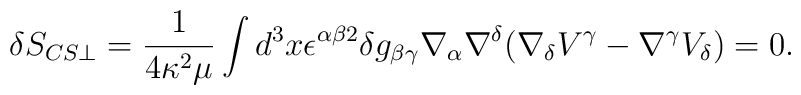
\delta S_{CS \perp}=\frac{1}{4\kappa ^{2}\mu}\int d^{3}x\epsilon ^{\alpha \beta 2}\delta g_{\beta \gamma}\nabla_{\alpha}\nabla ^{\delta}(\nabla _{\delta}V^{\gamma}-\nabla ^{\gamma}V_{\delta})=0.